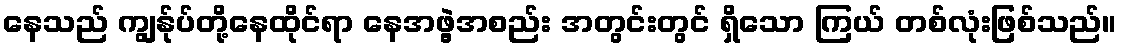
နေသည် ကျွန်ုပ်တို့နေထိုင်ရာ နေအဖွဲ့အစည်း အတွင်းတွင် ရှိသော ကြယ် တစ်လုံးဖြစ်သည်။